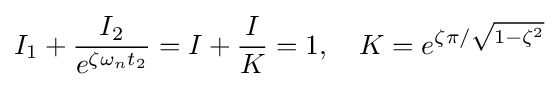
I_{1}+{\frac {I_{2}}{e^{\zeta \omega _{n}t_{2}}}}=I+{\frac {I}{K}}=1,\quad K=e^{\zeta \pi /{\sqrt {1-\zeta ^{2}}}}